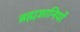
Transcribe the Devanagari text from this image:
ब्रह्मज्ञानियों